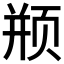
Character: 𱂦